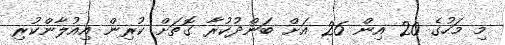
މި މަހުގެ 20 އިން 26 އަށް ބަންދުކުރާ ގޮތަށް ކުރިން އިއުލާންކުރި